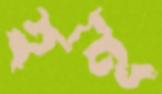
হনূ